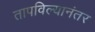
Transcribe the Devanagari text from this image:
तापविल्यानंतर